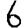
Digit: 6